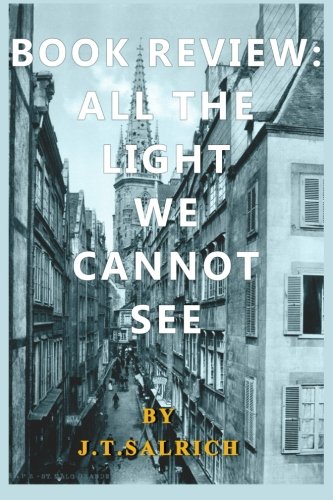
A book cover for BOOK REVIEW: All the Light We Cannot See; J.T. Salrich; Literature & Fiction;